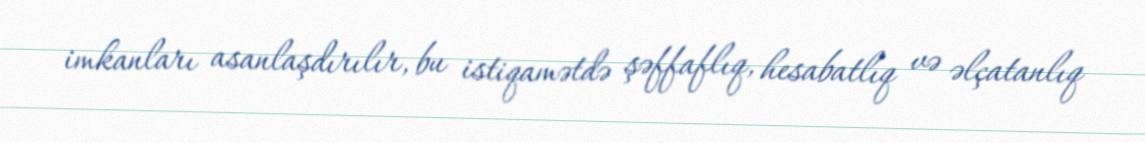
imkanları asanlaşdırılır, bu istiqamətdə şəffaflıq, hesabatlıq və əlçatanlıq